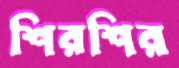
শিরশির